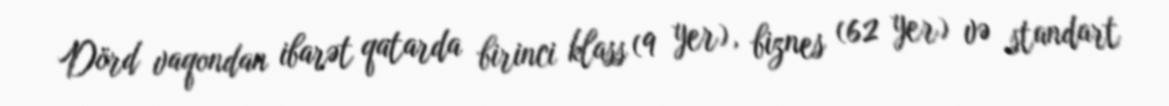
Dörd vaqondan ibarət qatarda birinci klass (9 yer), biznes (62 yer) və standart